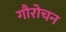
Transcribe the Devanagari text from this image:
गौरोचन